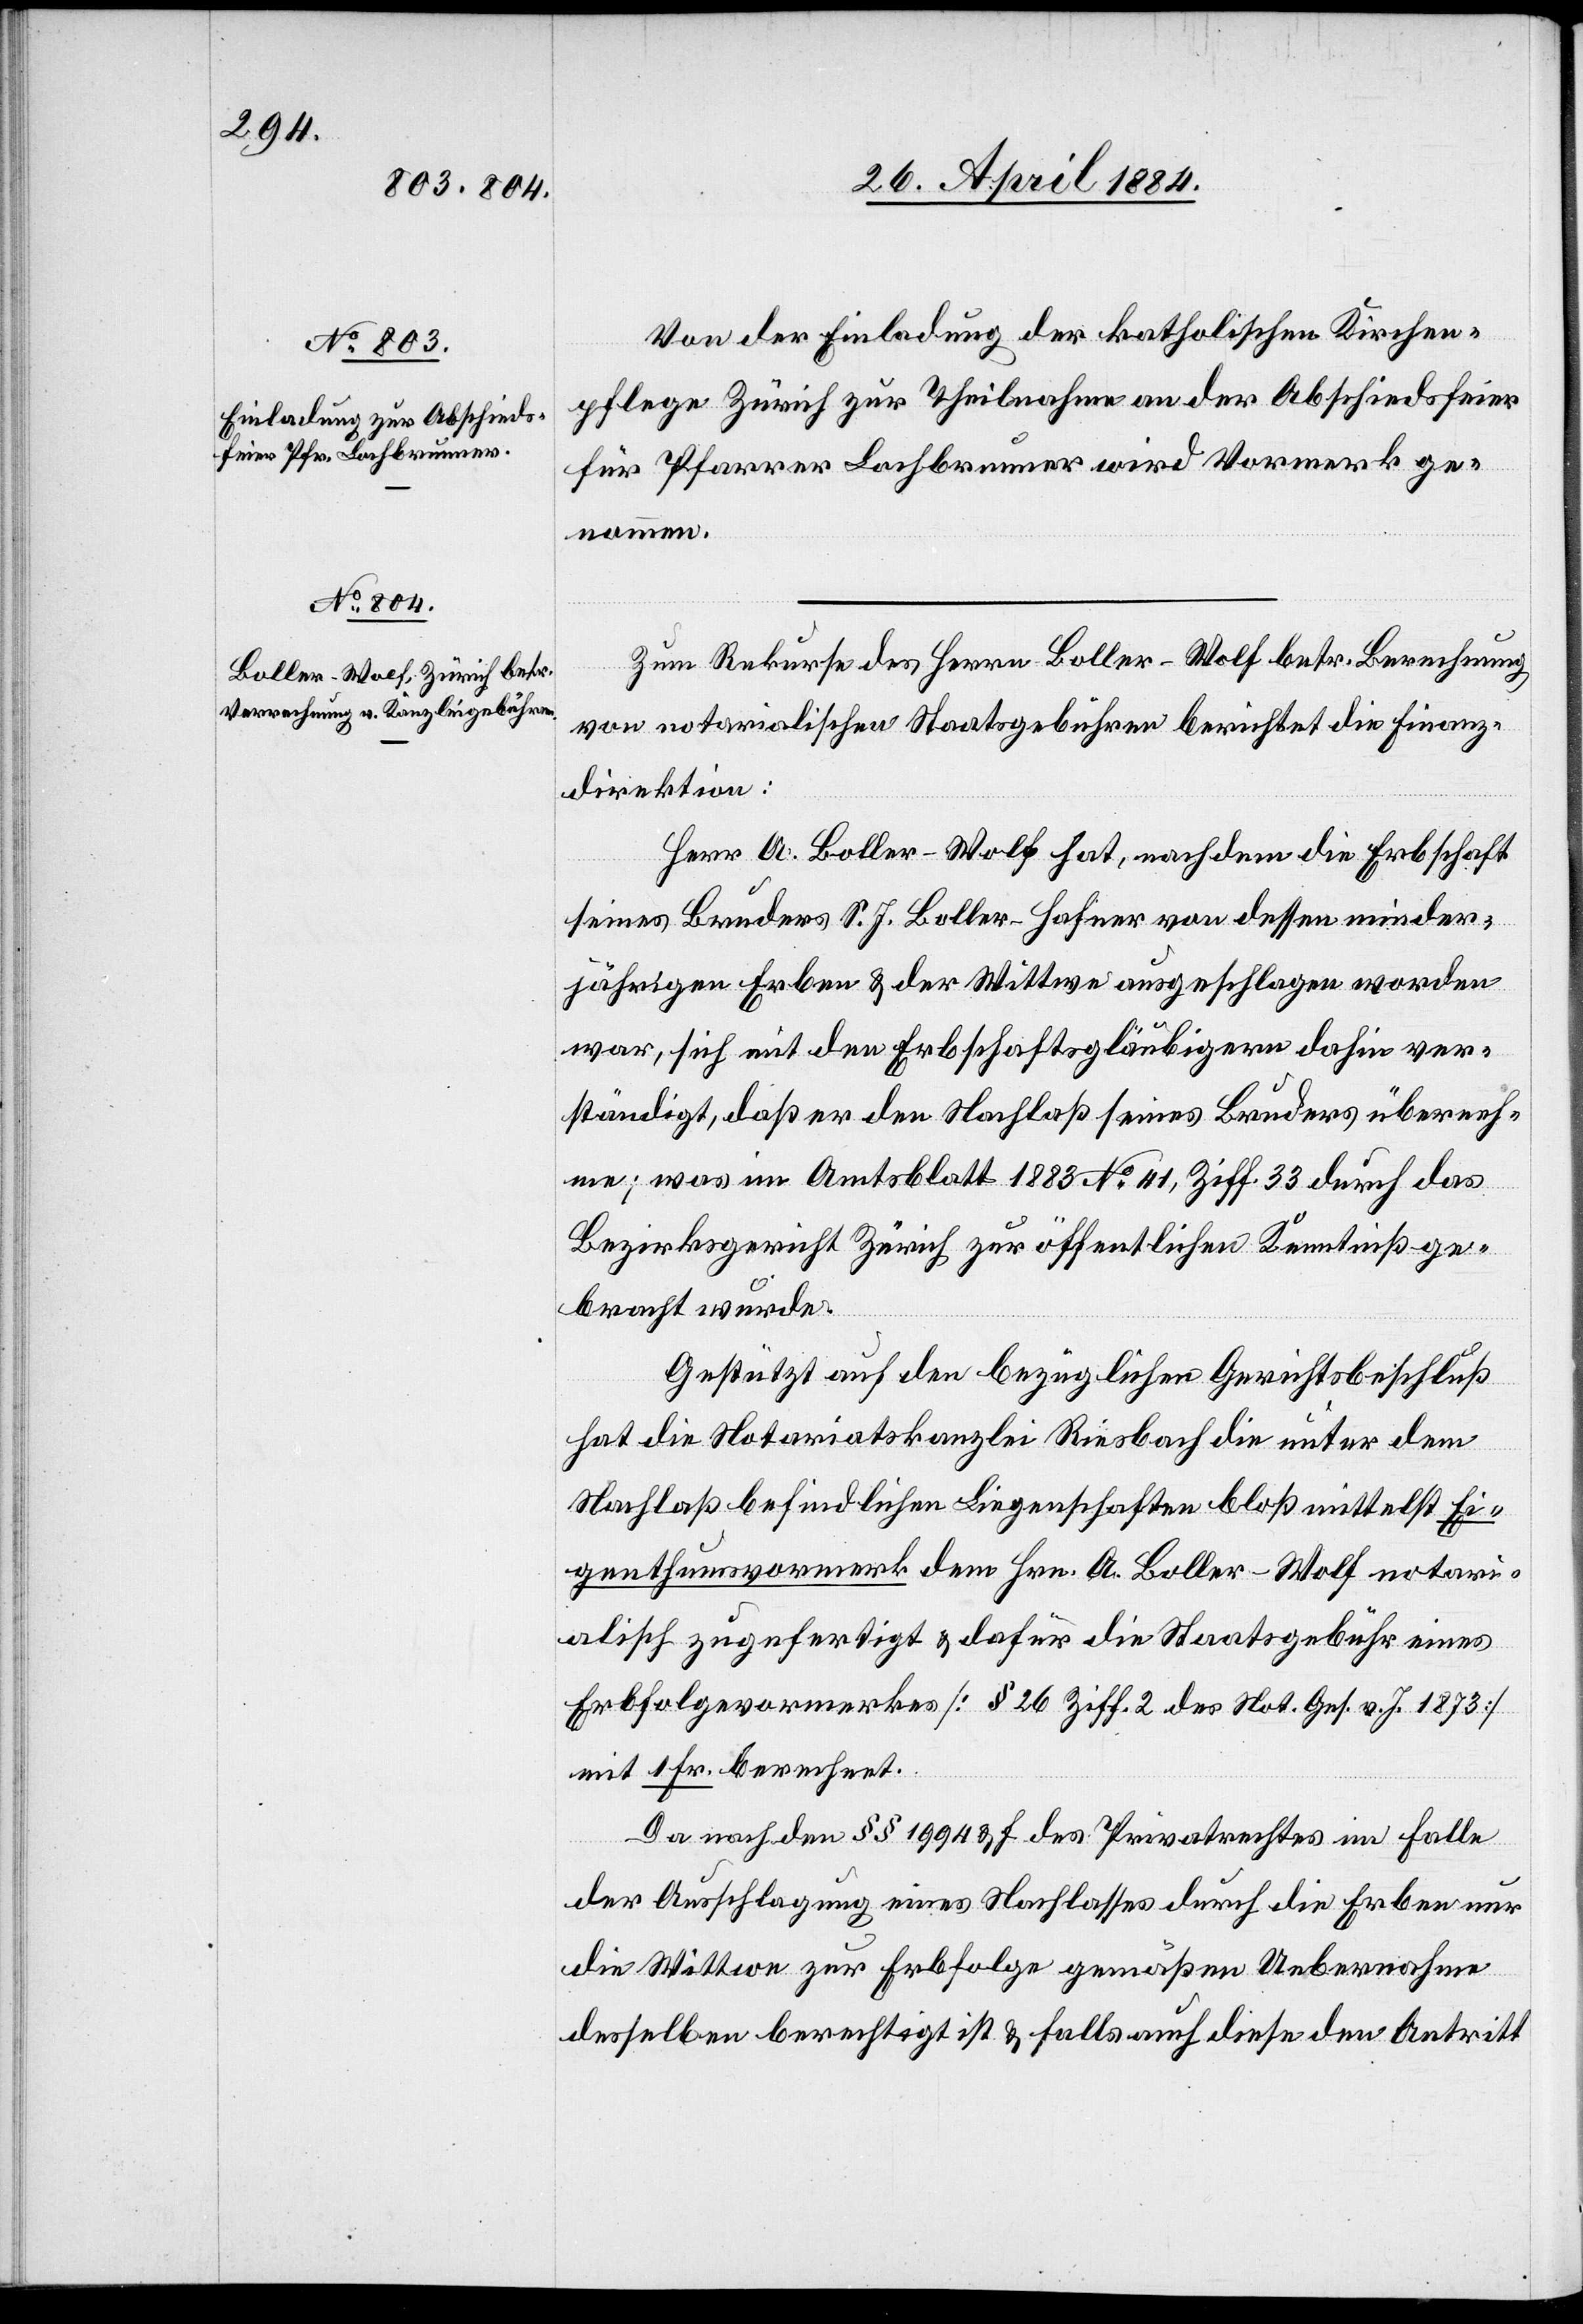
Von der Einladung der katholischen Kirchen¬
pflege Zürich zur Theilnahme an der Abschiedsfeier
für Pfarrer Lochbrunner wird Vormerk ge¬
nommen.
Zum Rekurse des Herrn Boller-Wolf betr. Berechnung
von notarialischen Staatgebühren berichtet die Finanz¬
direktion:
Herr A. Boller-Wolf hat, nachdem die Erbschaft
seines Bruders S. J. Boller-Hafner von dessen minder¬
jährigen Erben & der Wittwe ausgeschlagen worden
war, sich mit den Erbschaftsgläubigern dahin ver¬
ständigt, daß er den Nachlaß seines Bruders überneh¬
me; was im Amtsblatt 1883 No 41, Ziff. 33 durch das
Bezirksgericht Zürich zur öffentlichen Kenntniß ge¬
bracht wurde.
Gestützt auf den bezüglichen Gerichtsbeschluß
hat die Notariatskanzlei Riesbach die unter dem
Nachlaß befindlichen Liegenschaften bloß mittelst Ei¬
genthumsvormerk dem Hrn. A. Boller-Wolf notari¬
alisch zugefertigt & dafür die Staatsgebühr eines
Erbfolgevormerkes [§ 26 Ziff. 2 des Not. Ges. v. J. 1873]
mit 1 Fr. berechnet.
Da nach den §§ 1994 & f des Privatrechtes im Falle
der Ausschlagung eines Nachlasses durch die Erben nur
die Wittwe zur Erbfolge gemäßen Uebernahme
desselben berechtigt ist & falls auch diese den Antritt